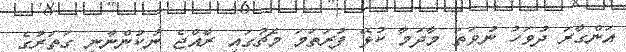
އަންގާރަ ދުވަހު ނުވަތަ މާދަމާ ކުޅޭ ފުރަތަމަ މެޗުގައި ރާއްޖެ ނުކުންނާނީ ގަތަރުގެ